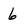
Character: 6